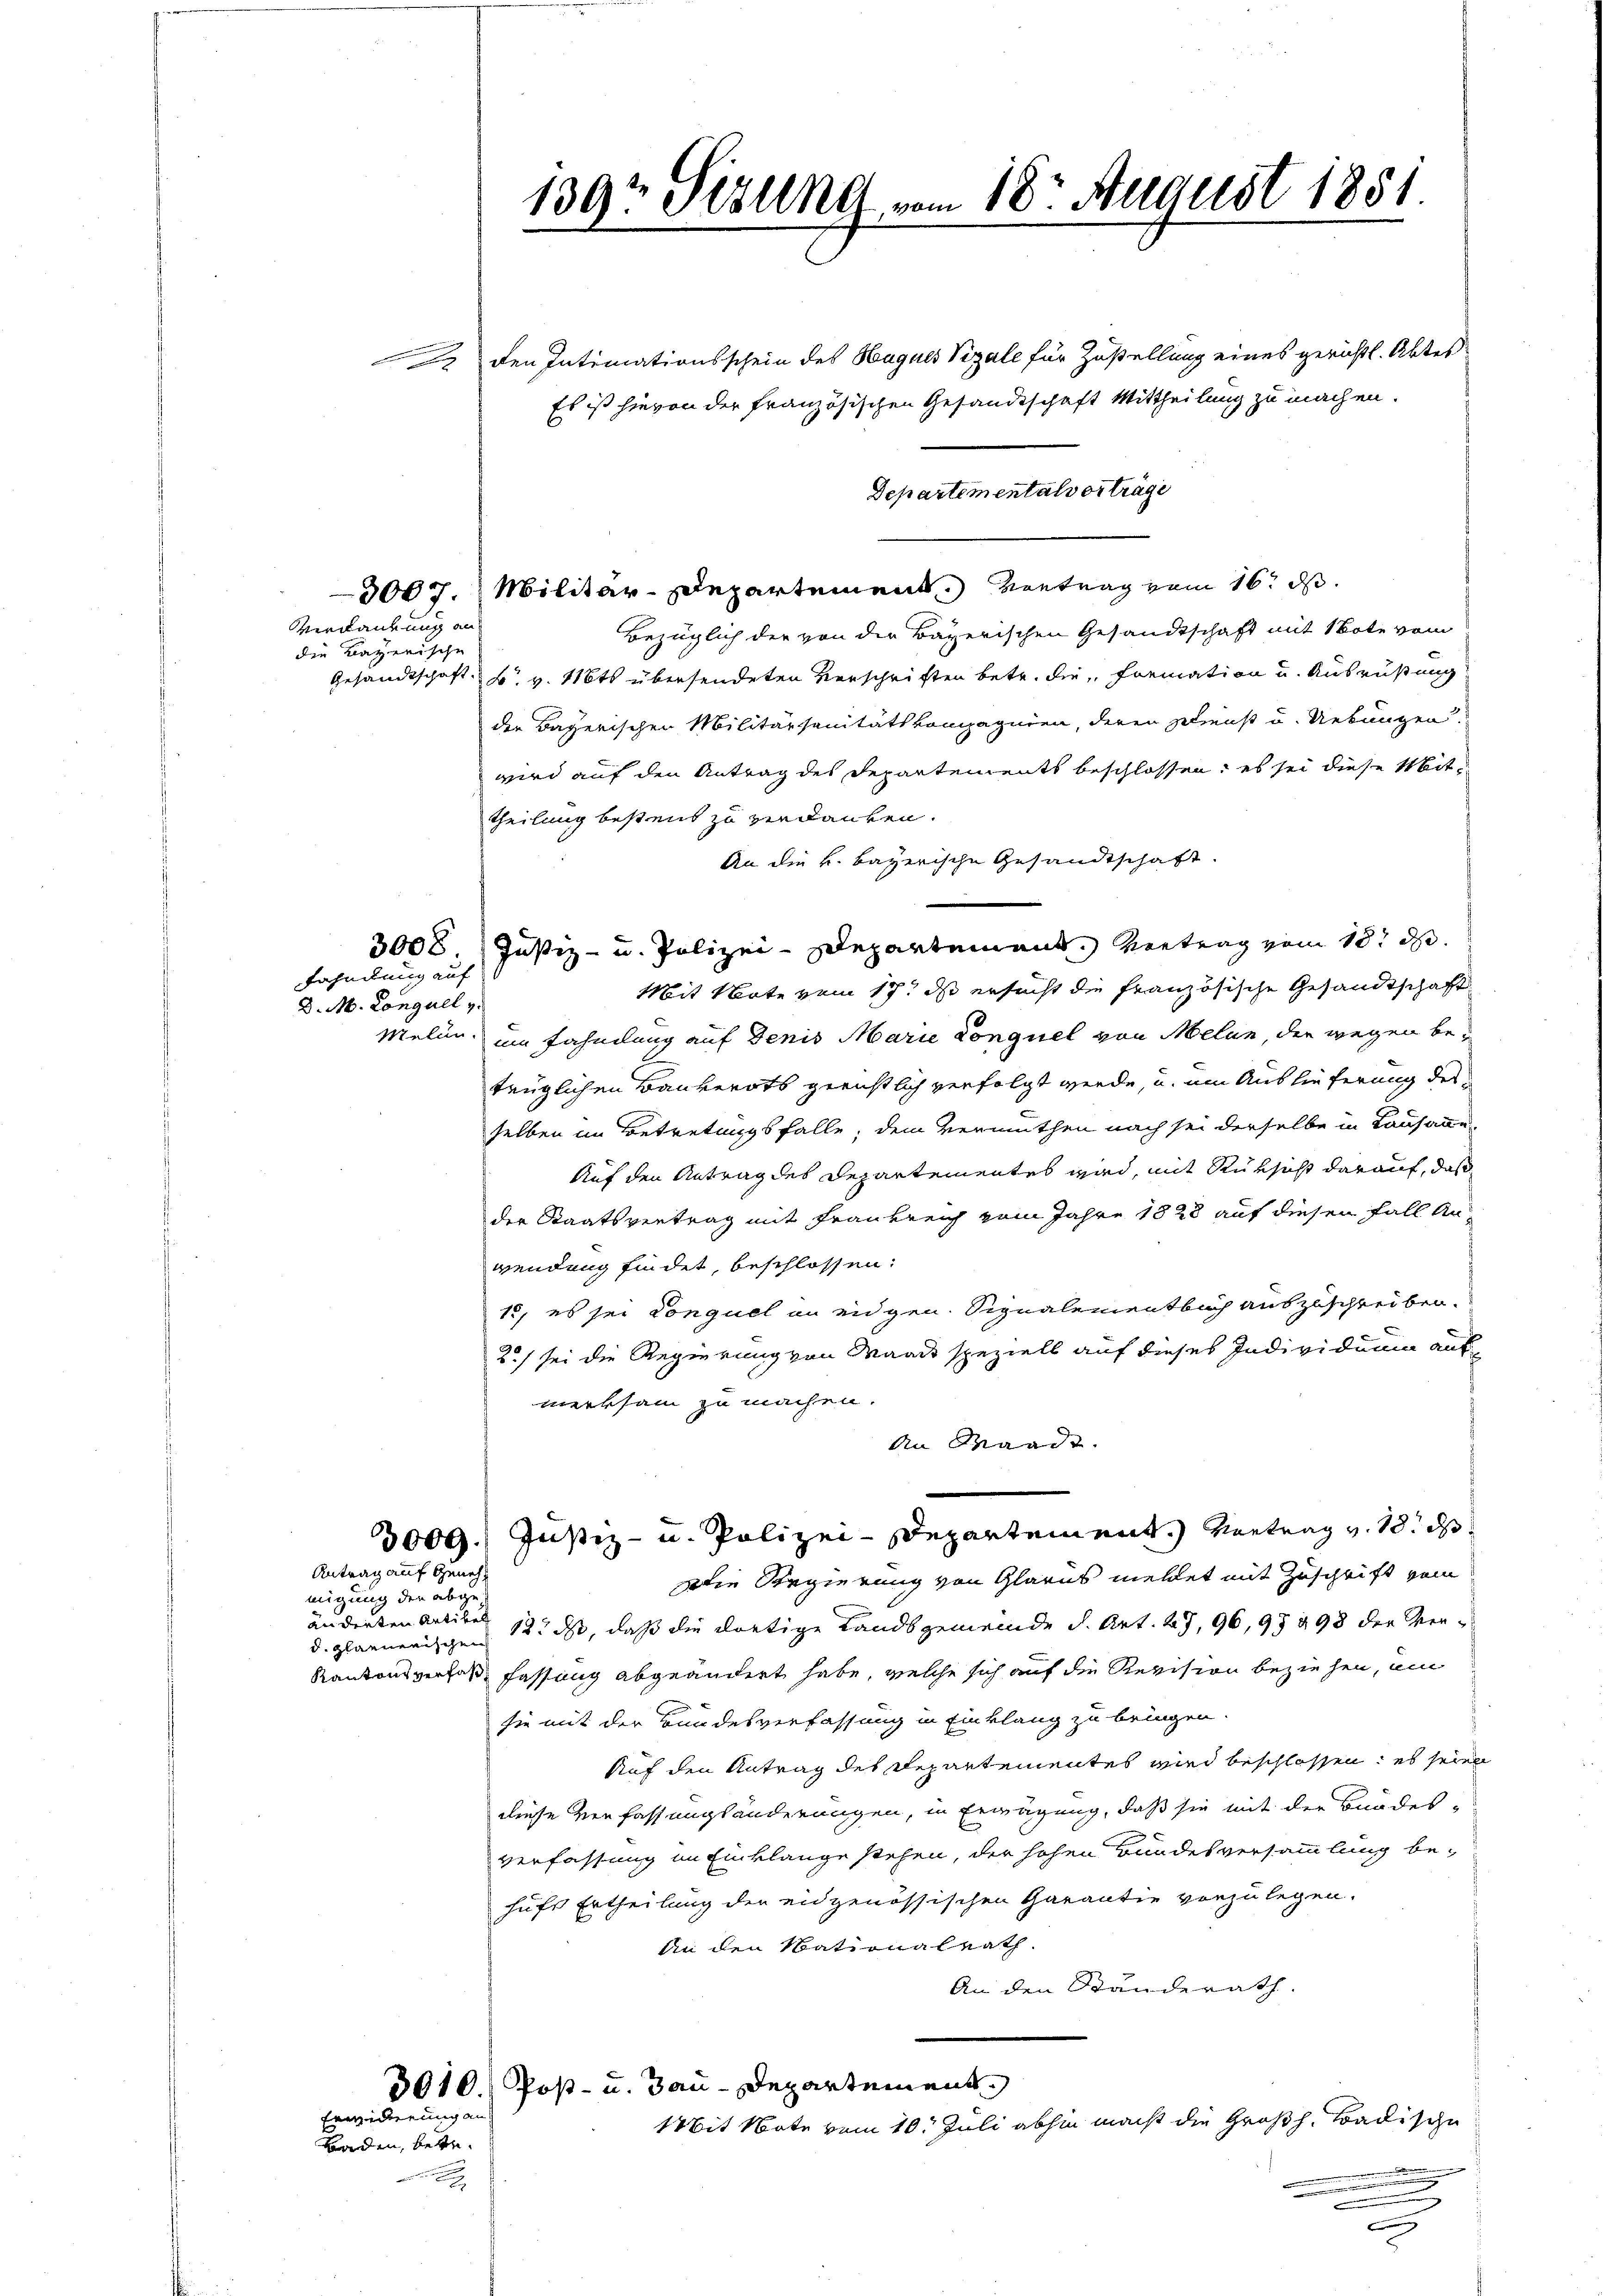
Verdankung an
die Kayerische

Fahndung auf
D. M. Conguel v.

migung den abgeänderten Artikel

Baden, betr.

den Intimationsschein des Hagels Vigale für Zustellung eines gerichtl. Abtes
Es ist hievon der französischen Gesandtschaft Mittheilung zu machen.
Departementalverträge
3007. Militär-Departement. Vortrag vom 16. d.
Bezüglich der von der Bayerischen Gesandtschaft mit Note vom
Gesandtschaft u. v. 16ts übersendeten Verschriften betr. die Formation u. Ausrüstung
den Bayerischen Militärsanitätskompagnien, deren Dienst u. Uebungen.
wird auf den Antrag des Departements beschlossen, es sei diese Mittheilung bestens zu verdanken.
An die k. bayerische Gesandtschaft.
3008. Justiz- u. Polizei-Departement. Vertrag vom 18t d.
Mit Note vom 17t d ersucht die französische Gesandtschaft
Melin, im Fahmlung auf Denis Marie Conguel von Melan, der wegen betrüglichen Bauverots gerichtlich verfolgt werde, u. um Auslieferung des
selben im Betretungsfalle, dem Vermuthen nach sei derselbe in Lausaur-
Auf den Antrag des Departementes wird, mit Rüksicht darauf, daß
der Staatsvertrag mit Frankreich vom Jahre 1828 auf diesen Fall anwendung findet, beschlossen:
18, es sei Conquel an eidgen. Signalementbuch auszuschreiben.
2) sei die Regierung von Waadt speziels auf dieses Individuum aus-
merksam zu machen.
An Waadt.
3009.) Justiz- u. Polizei-Departement.) Vortrag v. 18. d
Antrag auf Geneh¬
Die Regierung von Glarus meldet mit Zuschrift vom
12. ds, daß die dortige Landsgemeinde d. Art. 27, 96, 97 298 der Verd. Glarnerischen
Kantonsverfaß fassung abgeändert habe, welche sich auf die Revision beziehen, ei
sie mit der Bundesverfassung in Einklang zu bringen.
Auf den Antrag des Departementes wird beschlossen; es seien
diese Verfassungsänderungen, in Erwägung, daß sie mit der Bundes-
verfassung im Einklange stehen, der hohen Bundesversammlung be-
hufe Ertheilung der eidgenössischen Garantie vorzulegen.
An den Nationalrath
An den Ständerath.
Post- u. Bau-Departement
3010.
Erwiderung an
1Mit Note vom 10. Juli abhin macht die Großh. Badische

139? Stöhne vom 18. August 1851.

c